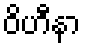
ဝိဟီနာ